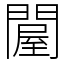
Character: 𨵱